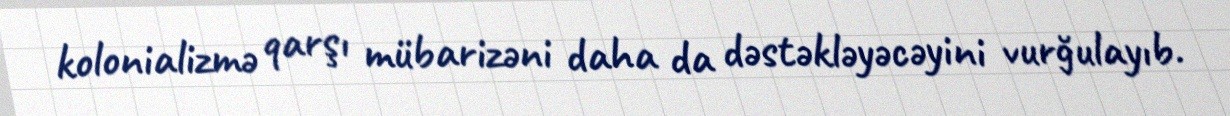
kolonializmə qarşı mübarizəni daha da dəstəkləyəcəyini vurğulayıb.